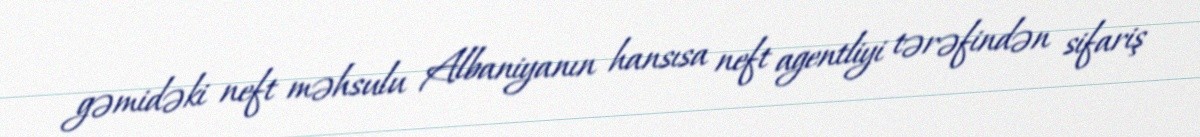
gəmidəki neft məhsulu Albaniyanın hansısa neft agentliyi tərəfindən sifariş